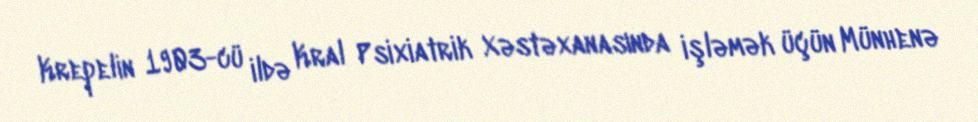
Krepelin 1903-cü ildə Kral Psixiatrik Xəstəxanasında işləmək üçün Münhenə